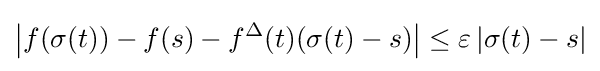
\left|f(\sigma (t))-f(s)-f^{\Delta }(t)(\sigma (t)-s)\right|\leq \varepsilon \left|\sigma (t)-s\right|